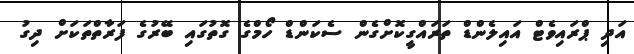
އަދި ޕްރައިވެޓް އައިލެންޑް ތަރައްގީކޮށްގެން ސެކަންޑް ހޯމްގެ ގޮތުގައި ބޭރުގެ ފަރާތްތަކަށް ދިގު